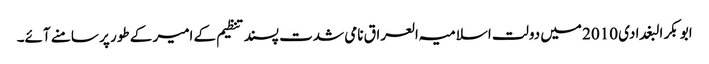
ابو بکر البغدادی 2010 میں دولت اسلامیہ العراق نامی شدت پسند تنظیم کے امیر کے طور پر سامنے آئے۔